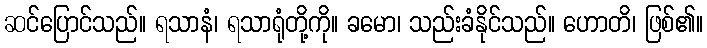
ဆင်ပြောင်သည်။ ရသာနံ၊ ရသာရုံတို့ကို။ ခမော၊ သည်းခံနိုင်သည်။ ဟောတိ၊ ဖြစ်၏။